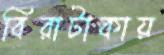
বিরাটাকায়